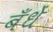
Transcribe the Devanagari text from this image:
बँधें